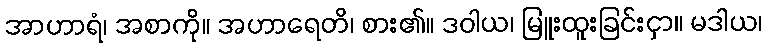
အာဟာရံ၊ အစာကို။ အဟာရေတိ၊ စား၏။ ဒဝါယ၊ မြူးထူးခြင်းငှာ။ မဒါယ၊